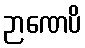
ဉာဏေပိ